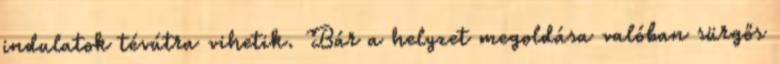
indulatok tévútra vihetik. Bár a helyzet megoldása valóban sürgős